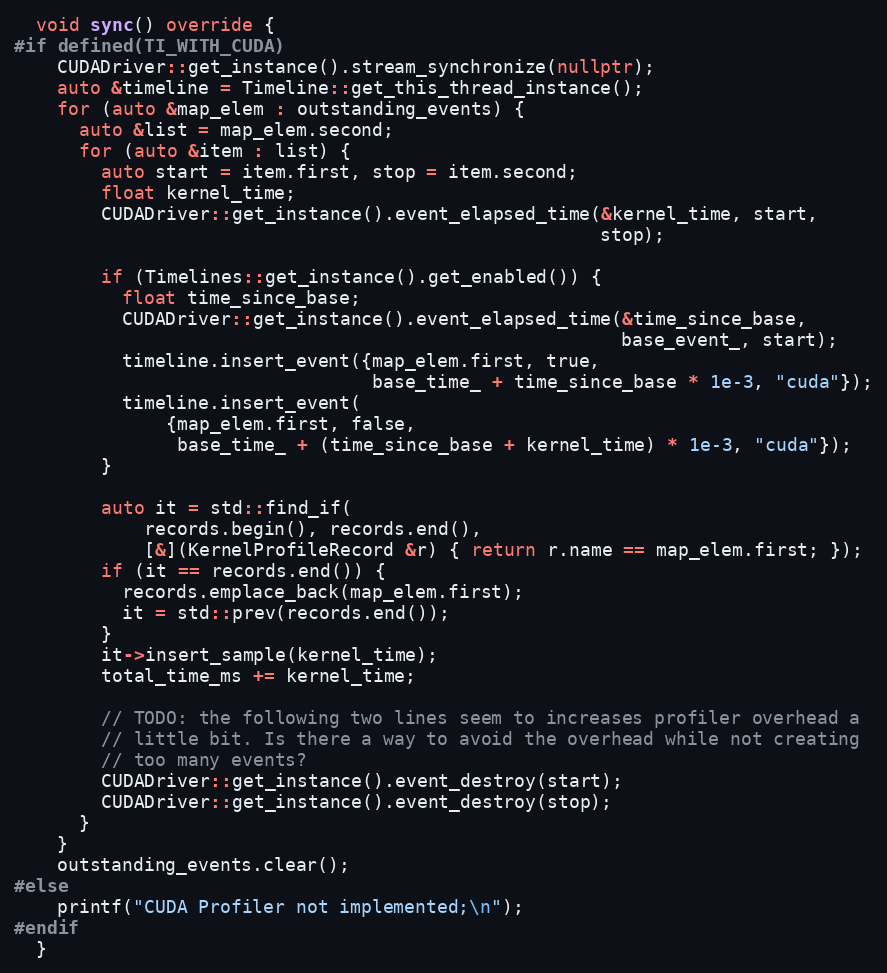
Language: C++
  void sync() override {
#if defined(TI_WITH_CUDA)
    CUDADriver::get_instance().stream_synchronize(nullptr);
    auto &timeline = Timeline::get_this_thread_instance();
    for (auto &map_elem : outstanding_events) {
      auto &list = map_elem.second;
      for (auto &item : list) {
        auto start = item.first, stop = item.second;
        float kernel_time;
        CUDADriver::get_instance().event_elapsed_time(&kernel_time, start,
                                                      stop);

        if (Timelines::get_instance().get_enabled()) {
          float time_since_base;
          CUDADriver::get_instance().event_elapsed_time(&time_since_base,
                                                        base_event_, start);
          timeline.insert_event({map_elem.first, true,
                                 base_time_ + time_since_base * 1e-3, "cuda"});
          timeline.insert_event(
              {map_elem.first, false,
               base_time_ + (time_since_base + kernel_time) * 1e-3, "cuda"});
        }

        auto it = std::find_if(
            records.begin(), records.end(),
            [&](KernelProfileRecord &r) { return r.name == map_elem.first; });
        if (it == records.end()) {
          records.emplace_back(map_elem.first);
          it = std::prev(records.end());
        }
        it->insert_sample(kernel_time);
        total_time_ms += kernel_time;

        // TODO: the following two lines seem to increases profiler overhead a
        // little bit. Is there a way to avoid the overhead while not creating
        // too many events?
        CUDADriver::get_instance().event_destroy(start);
        CUDADriver::get_instance().event_destroy(stop);
      }
    }
    outstanding_events.clear();
#else
    printf("CUDA Profiler not implemented;\n");
#endif
  }